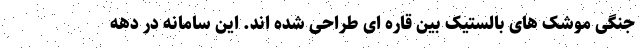
جنگی موشک های بالستیک بین قاره ای طراحی شده اند. این سامانه در دهه